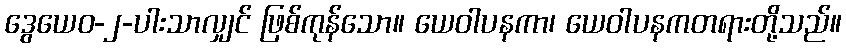
ဒွေယေဝ-၂-ပါးသာလျှင် ဖြစ်ကုန်သော။ ယေဝါပနကာ၊ ယေဝါပနကတရားတို့သည်။